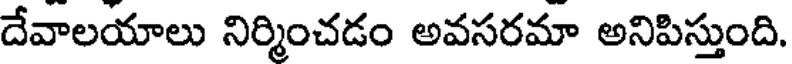
దేవాలయాలు నిర్మించడం అవసరమా అనిపిస్తుంది.